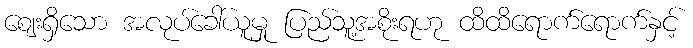
ဈေးရှိသော အလုပ်ခေါ်ယူမှု ပြည်သူ့အစိုးရဟု ထိထိရောက်ရောက်နှင့်